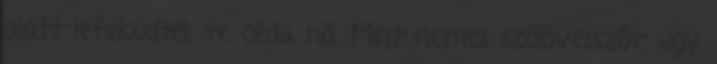
alatt lefeküdtél, te céda nő. Mint nemes szőlővesszőt, úgy